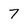
Character: 7